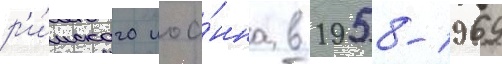
р'и́мского иоа́нна в 1958-1969